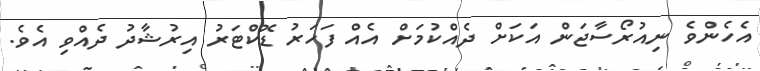
އެހެންވެ ނިއުރޯސާޖަން އަކަށް ދެއްކުމަށް އެއް ފަހަރު ޑޮކްޓަރު އިރުޝާދު ދެއްވި އެވެ.